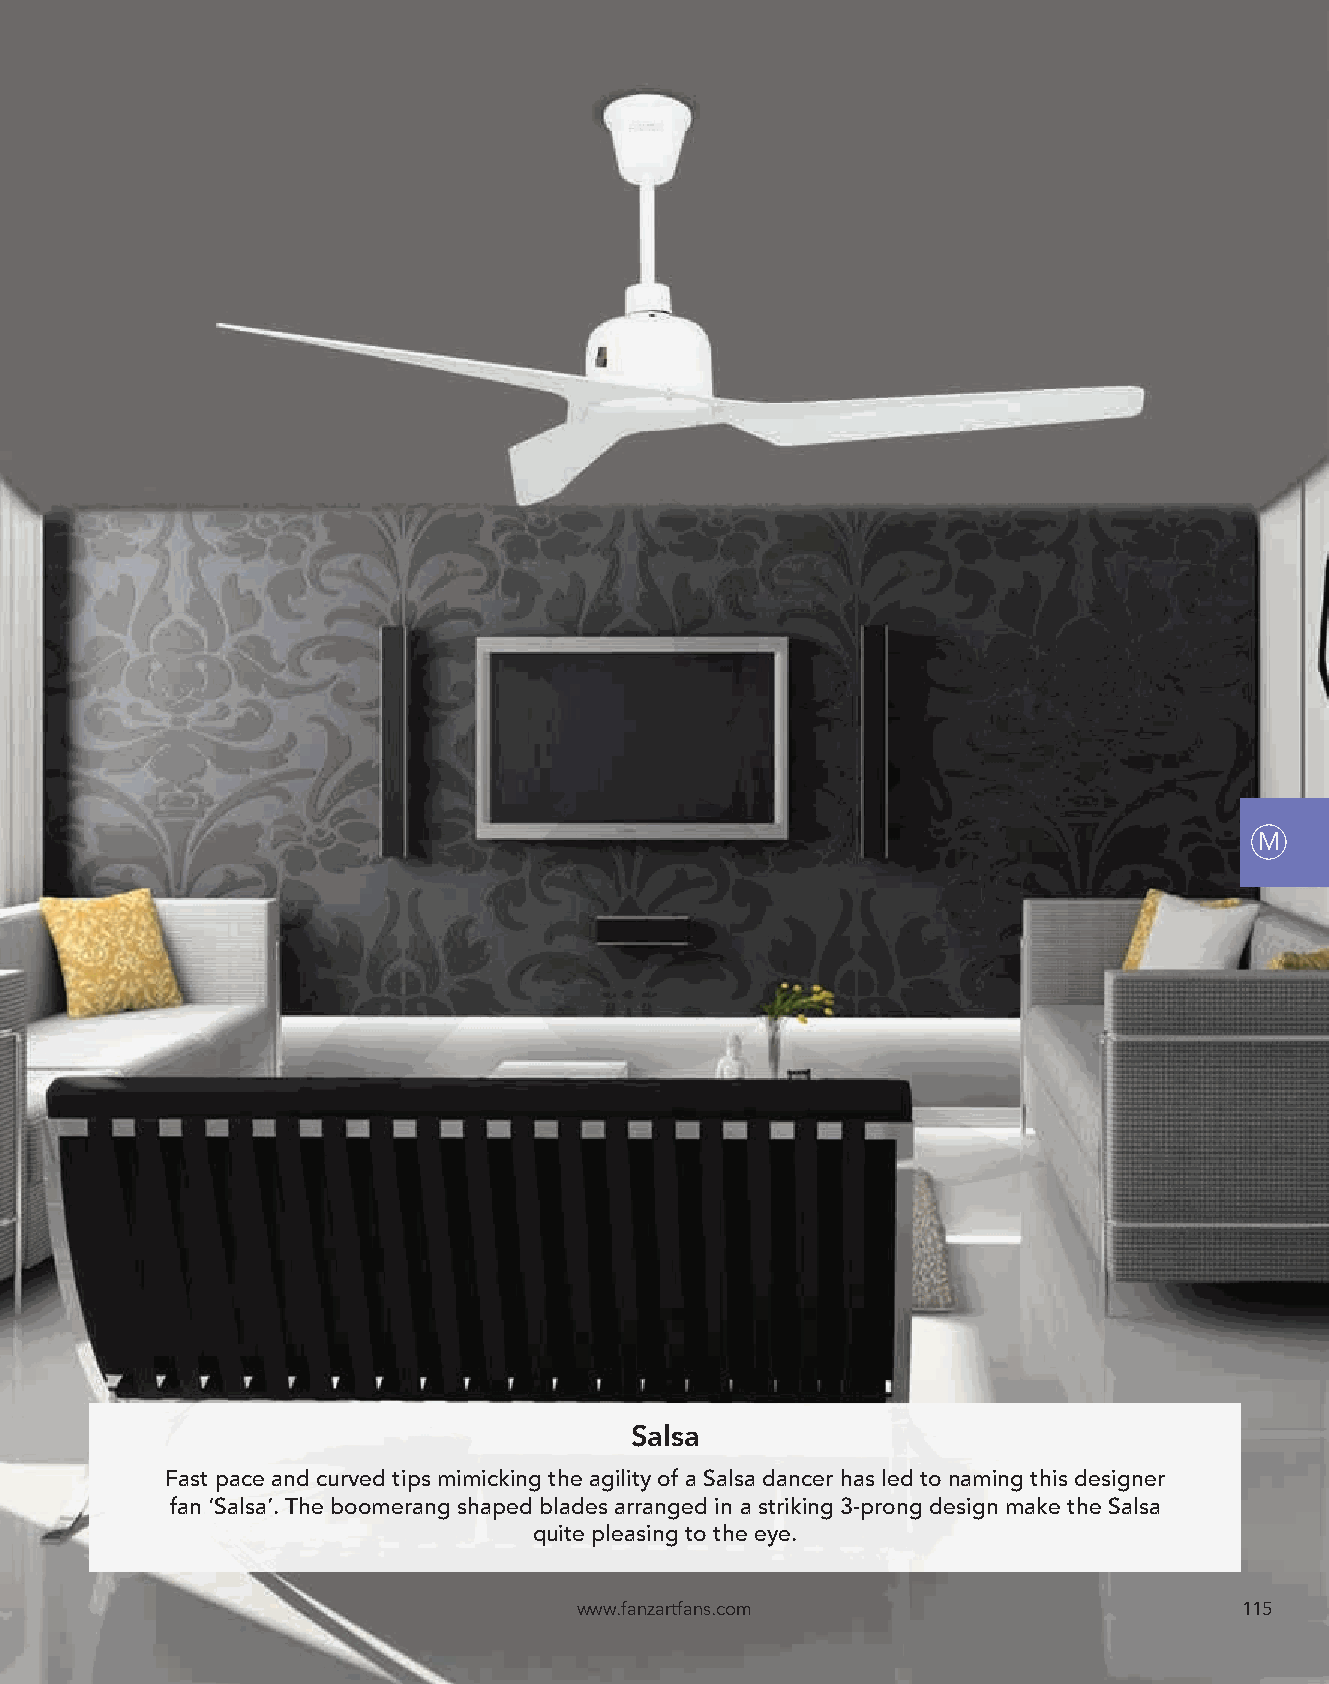
M
 Salsa
 Fast pace and curved tips mimicking the agility of a Salsa dancer has led to naming this designer
 fan ‘Salsa’. The boomerang shaped blades arranged in a striking 3-prong design make the Salsa
 quite pleasing to the eye.
 www.fanzartfans.com                         115